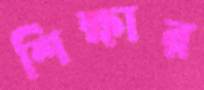
শিক্ষার